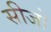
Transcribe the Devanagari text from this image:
सीजो